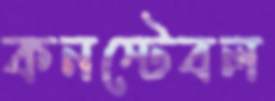
কনস্টেবল